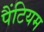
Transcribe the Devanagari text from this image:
पैंटियम